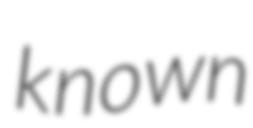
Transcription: known